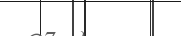
٧١